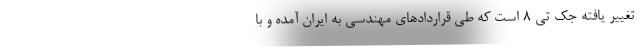
تغییر یافته جک تی ۸ است که طی قراردادهای مهندسی به ایران آمده و با